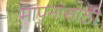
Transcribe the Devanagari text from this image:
मापनांसाठी